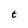
Character: t